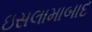
ઇસલામાબાદ